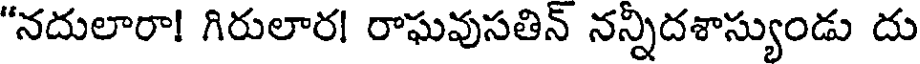
"నదులారా! గిరులార! రాఘవుసతిన్ నన్నిదశాస్యుండు దు